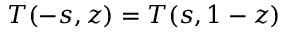
{ \cal T } ( - s , z ) = { \cal T } ( s , 1 - z )